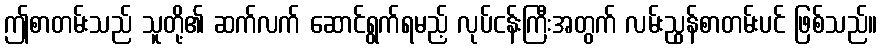
ဤစာတမ်းသည် သူတို့၏ ဆက်လက် ဆောင်ရွက်ရမည့် လုပ်ငန်းကြီးအတွက် လမ်းညွန်စာတမ်းပင် ဖြစ်သည်။